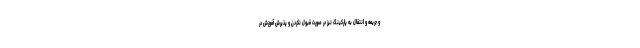
و جریمه و انتقال به پارکینگ نیز در صورت قبول نکردن و پذیرش آموزش در